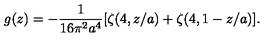
g ( z ) = - \frac { 1 } { 1 6 \pi ^ { 2 } a ^ { 4 } } [ \zeta ( 4 , z / a ) + \zeta ( 4 , 1 - z / a ) ] .